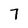
Character: 7